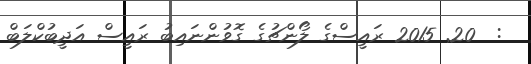
:  20